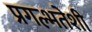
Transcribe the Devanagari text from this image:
प्रगल्भतेशी